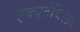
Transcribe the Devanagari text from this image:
इक्युटेविल